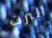
البرت